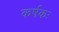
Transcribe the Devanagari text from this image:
कर्षकः